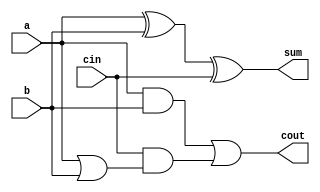
module full_adder6(a,b,cin,sum,cout);
input a,b,cin;
output sum,cout;
assign sum = a^b^cin;
assign cout = a&b|cin&(a|b); 
// initial begin
//     $display("The correct adder");
// end   
endmodule